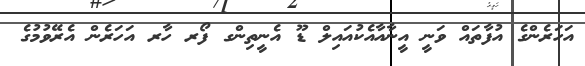
އަހަރެންގެ އުފާތައް ވަނީ އީނާއާއެކުއައިލް ޑޫ އެނީތިންގ ފޯރ ހާރ އަހަރެން އެރޭވުމުގެ